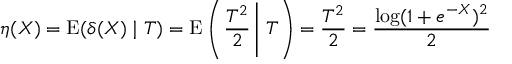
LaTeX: \eta ( X ) = \operatorname { E } ( \delta ( X ) \mid T ) = \operatorname { E } \left( \left. { \frac { T ^ { 2 } } { 2 } } \, \right| \, T \right) = { \frac { T ^ { 2 } } { 2 } } = { \frac { \log ( 1 + e ^ { - X } ) ^ { 2 } } { 2 } }